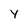
Character: Y